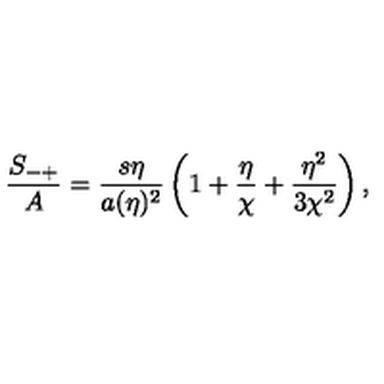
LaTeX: { \frac { S _ { - + } } { A } } = { \frac { s \eta } { a ( \eta ) ^ { 2 } } } \left( 1 + { \frac { \eta } { \chi } } + { \frac { \eta ^ { 2 } } { 3 \chi ^ { 2 } } } \right) ,